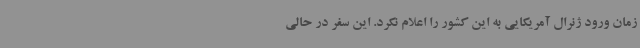
زمان ورود ژنرال آمریکایی به این کشور را اعلام نکرد. این سفر در حالی